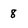
Character: 8